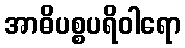
အာဓိပစ္စပရိဝါရော